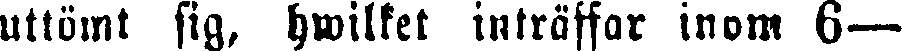
uttömt sig, hwilket inträffar inom 6—